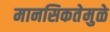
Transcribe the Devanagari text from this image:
मानसिकतेमुळे